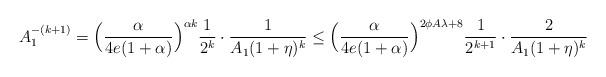
LaTeX: \begin{align*}A_1^{-(k+1)} = \Big( \frac{\alpha}{4e(1+\alpha)} \Big)^{\alpha k} \frac{1}{2^{k}} \cdot \frac{1}{ A_1 (1+\eta)^{k}} \leq \Big( \frac{\alpha}{4e(1+\alpha)} \Big)^{2\phi A \lambda + 8} \frac{1}{2^{k+1}} \cdot \frac{2}{A_1 (1+\eta)^{k} }\end{align*}